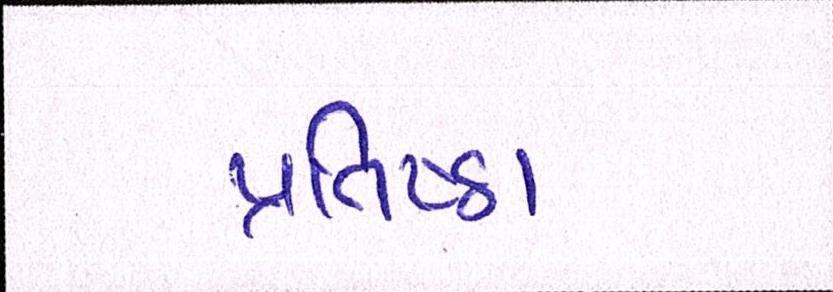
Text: પ્રતિષ્ઠા